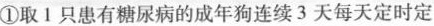
①取1只患有糖尿病的成年狗连续3天每天定时定